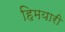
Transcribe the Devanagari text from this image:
हिमयारी